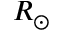
R _ { \odot }